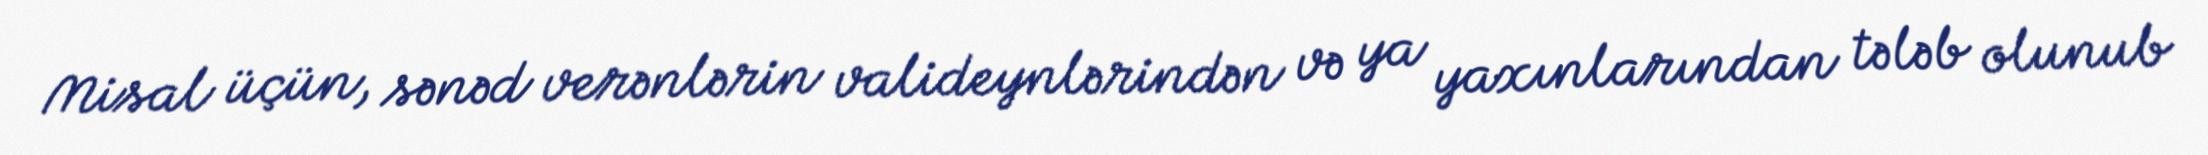
Misal üçün, sənəd verənlərin valideynlərindən və ya yaxınlarından tələb olunub